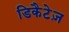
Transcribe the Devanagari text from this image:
डिकैटेज़